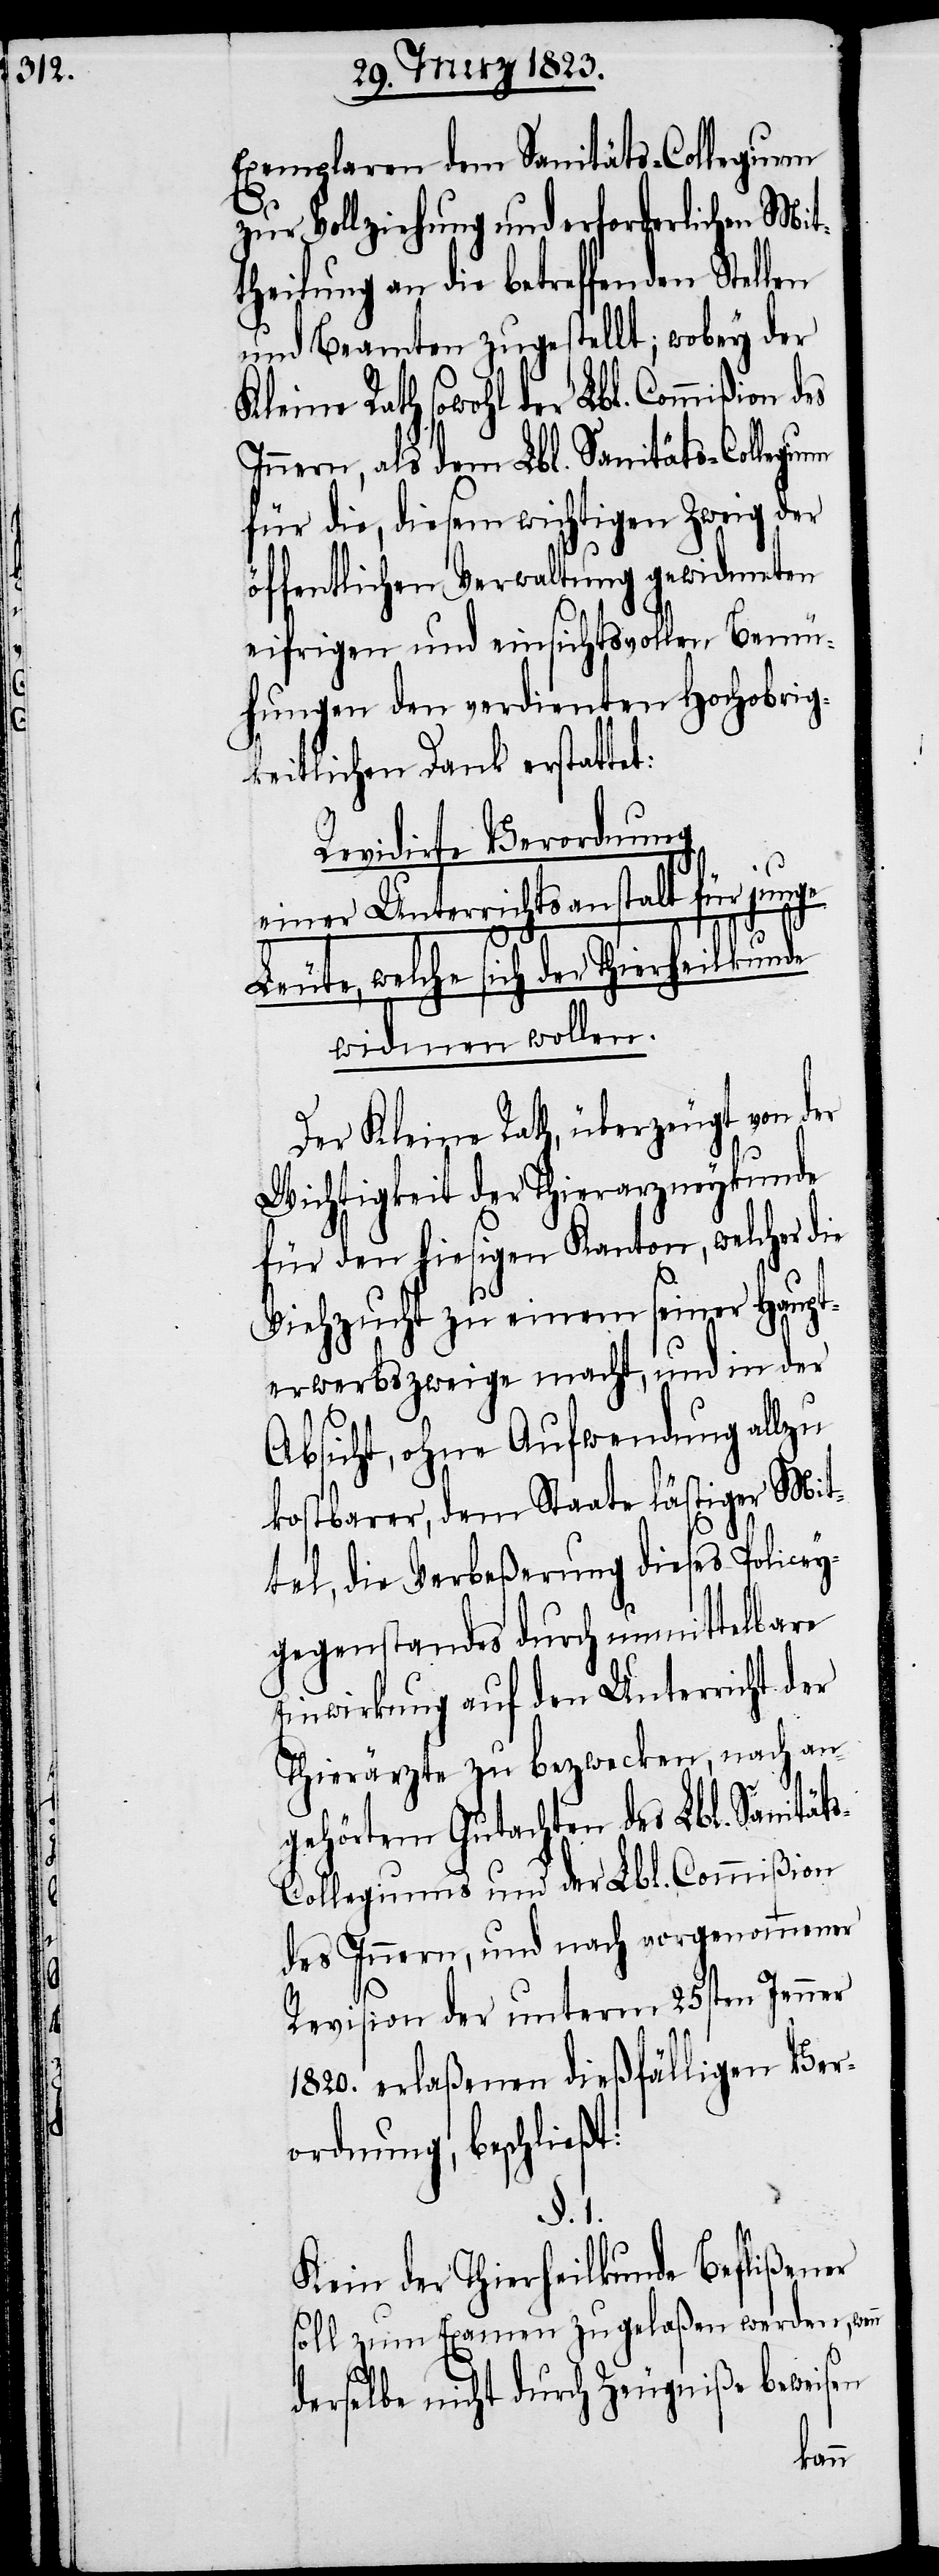
Exemplaren dem Sanitäts-Collegium
zur Vollziehung und erforderlichen Mit¬
theilung an die betreffenden Stellen
und Beamten zugestellt; wobey der
Kleine Rath sowohl der Lbl. Commißion des
Innern, als dem Lbl. Sanitäts-Collegium
für die, diesem wichtigen Zweig der
öffentlichen Verwaltung gewidmeten
eifrigen und einsichtsvollen Bemü¬
hungen den verdienten Hochobrig¬
keitlichen Dank erstattet:
Revidirte Verordnung
einer Unterrichtsanstalt für junge
welche sich der Thierheilkunde
widmen wollen.
Der Kleine Rath, überzeugt von der
Wichtigkeit der Thierarzneykunde
für den hiesigen Kanton, welcher die
Viehzucht zu einem seiner Haupt¬
erwerbszweige macht, und in der
Absicht, ohne Aufwendung allzu
kostbarer, dem Staate lästiger Mit¬
tel, die Verbeßerung dieses Policey¬
gegenstandes durch unmittelbare
Einwirkung auf den Unterricht der
Thierärzte zu bezwecken, nach an¬
gehörtem Gutachten des Lbl. Sanität¬
s-Collegiums und der Lbl. Commißion
des Innern, und nach vorgenommener
Revision der unterm 25sten Jenner
1820. erlaßenen dießfälligen Ver¬
ordnung, beschließt:
1.
Kein der Thierheilkunde Beflißener
soll zum Examen zugelaßen werden, wenn
derselbe nicht durch Zeugniße beweisen